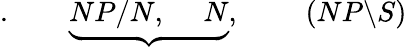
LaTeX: .\qquad\underbrace{NP/N,\; \quad N},\; \qquad(NP\backslash S)